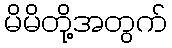
မိမိတို့အတွက်